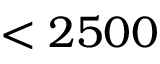
< 2 5 0 0